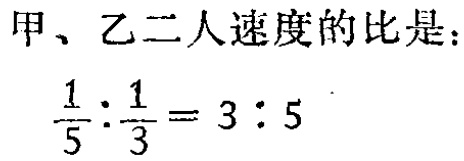
甲、乙二人速度的比是：

\(\frac{1}{5}:\frac{1}{3}=3:5\)